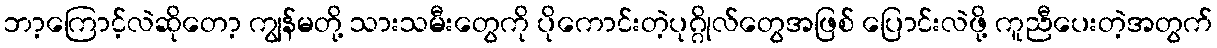
ဘာ့ကြောင့်လဲဆိုတော့ ကျွန်မတို့ သားသမီးတွေကို ပိုကောင်းတဲ့ပုဂ္ဂိုလ်တွေအဖြစ် ပြောင်းလဲဖို့ ကူညီပေးတဲ့အတွက်